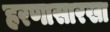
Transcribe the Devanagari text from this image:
हरणासारखा